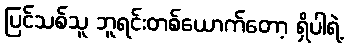
ပြင်သစ်သူ ဘူရင်းတစ်ယောက်တော့ ရှိပါရဲ့